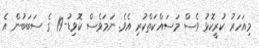
މިއަހަރު ކުރީކޮޅު ވެސް މަސައްކަތްކުރި އެވެ. ނަމަވެސް ކޮވިޑު-19 ގެ ސަބަބުން އެ